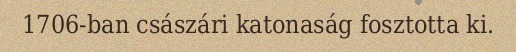
1706-ban császári katonaság fosztotta ki.